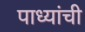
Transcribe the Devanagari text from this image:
पाध्यांची